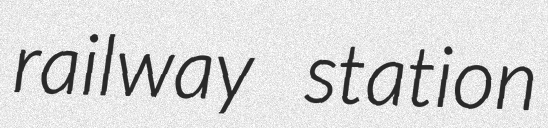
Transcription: railway station